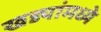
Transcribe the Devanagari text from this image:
खड्यांमध्ये